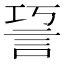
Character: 䛒